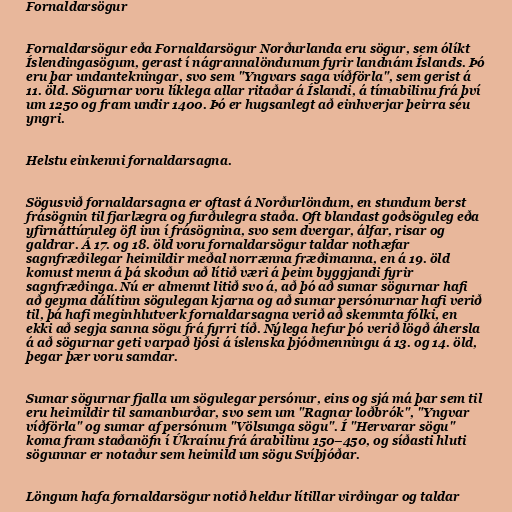
Fornaldarsögur

Fornaldarsögur eða Fornaldarsögur Norðurlanda eru sögur, sem ólíkt
Íslendingasögum, gerast í nágrannalöndunum fyrir landnám Íslands. Þó
eru þar undantekningar, svo sem "Yngvars saga víðförla", sem gerist á
11. öld. Sögurnar voru líklega allar ritaðar á Íslandi, á tímabilinu frá því
um 1250 og fram undir 1400. Þó er hugsanlegt að einhverjar þeirra séu
yngri.

Helstu einkenni fornaldarsagna.

Sögusvið fornaldarsagna er oftast á Norðurlöndum, en stundum berst
frásögnin til fjarlægra og furðulegra staða. Oft blandast goðsöguleg eða
yfirnáttúruleg öfl inn í frásögnina, svo sem dvergar, álfar, risar og
galdrar. Á 17. og 18. öld voru fornaldarsögur taldar nothæfar
sagnfræðilegar heimildir meðal norrænna fræðimanna, en á 19. öld
komust menn á þá skoðun að lítið væri á þeim byggjandi fyrir
sagnfræðinga. Nú er almennt litið svo á, að þó að sumar sögurnar hafi
að geyma dálítinn sögulegan kjarna og að sumar persónurnar hafi verið
til, þá hafi meginhlutverk fornaldarsagna verið að skemmta fólki, en
ekki að segja sanna sögu frá fyrri tíð. Nýlega hefur þó verið lögð áhersla
á að sögurnar geti varpað ljósi á íslenska þjóðmenningu á 13. og 14. öld,
þegar þær voru samdar.

Sumar sögurnar fjalla um sögulegar persónur, eins og sjá má þar sem til
eru heimildir til samanburðar, svo sem um "Ragnar loðbrók", "Yngvar
víðförla" og sumar af persónum "Völsunga sögu". Í "Hervarar sögu"
koma fram staðanöfn í Úkraínu frá árabilinu 150–450, og síðasti hluti
sögunnar er notaður sem heimild um sögu Svíþjóðar.

Löngum hafa fornaldarsögur notið heldur lítillar virðingar og taldar